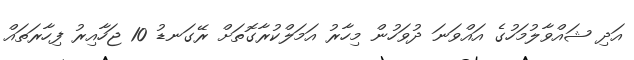
އަދި ޝައްވާލުމަހުގެ އައްވަނަ ދުވަހުން މިހާރު އަމަލްކުރާގޮތަށް ރޭގަނޑު 10 ޖަހާއިރު ފިހާރަތައް